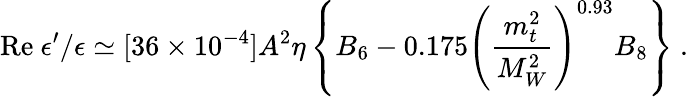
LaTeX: \mathrm{Re}~\epsilon^{\prime}/\epsilon\simeq[36\times 10^{-4}]A^{2}\eta\left\{ B_{6}-0.175\left(\frac{m_{t}^{2}}{M_{W}^{2}}\right)^{0.93}B_{8}\right\} ~.